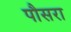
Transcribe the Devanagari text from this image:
पौसरा